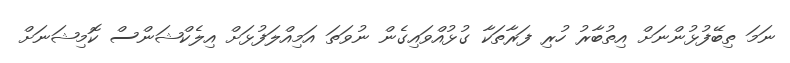
ނަމަ ތިބޭފުޅުންނަށް އިތުބާރު ހުރި ފަރާތަކާ ގުޅުއްވައިގެން ނުވަތަ އަމިއްލަފުޅަށް އިލެކްޝަންސް ކޮމިޝަނަށް